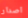
اصدار